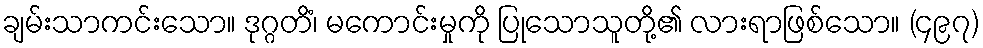
ချမ်းသာကင်းသော။ ဒုဂ္ဂတိံ၊ မကောင်းမှုကို ပြုသောသူတို့၏ လားရာဖြစ်သော။ (၄၉၇)